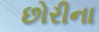
છોરીના